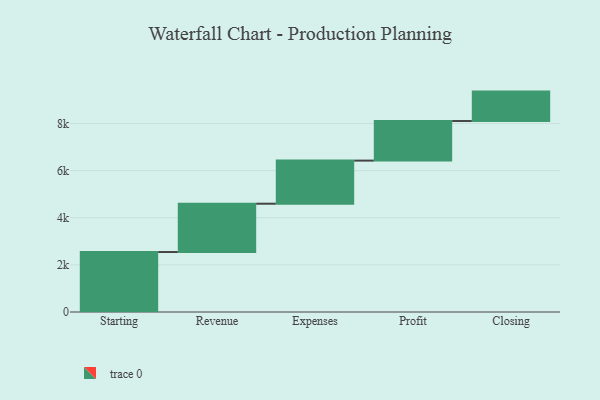
{"axis": {"x": "Step", "y": "Value"}, "legend": [""], "data": [{"x": "Starting", "y": 2545.0, "type": ""}, {"x": "Revenue", "y": 2051.0, "type": ""}, {"x": "Expenses", "y": 1829.0, "type": ""}, {"x": "Profit", "y": 1680.0, "type": ""}, {"x": "Closing", "y": 1249.0, "type": ""}]}